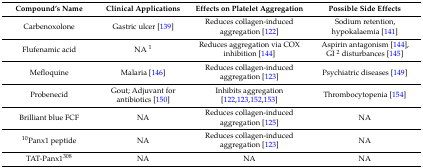
<table><thead><tr><td><b>Compound’s Name </b></td><td><b>Clinical Applications</b></td><td><b>Effects on Platelet Aggregation</b></td><td><b>Possible Side Effects</b></td></tr></thead><tbody><tr><td>Carbenoxolone</td><td>Gastric ulcer [139]</td><td>Reduces collagen-induced aggregation [122]</td><td>Sodium retention, hypokalaemia [141]</td></tr><tr><td>Flufenamic acid</td><td>NA <sup>1</sup></td><td>Reduces aggregation via COX inhibition [144]</td><td>Aspirin antagonism [144], GI <sup>2</sup> disturbances [145]</td></tr><tr><td>Mefloquine</td><td>Malaria [146]</td><td>Reduces collagen-induced aggregation [123]</td><td>Psychiatric diseases [149]</td></tr><tr><td>Probenecid</td><td>Gout; Adjuvant for antibiotics [150]</td><td>Inhibits aggregation [122,123,152,153]</td><td>Thrombocytopenia [154]</td></tr><tr><td>Brilliant blue FCF</td><td>NA</td><td>Reduces collagen-induced aggregation [125]</td><td>NA</td></tr><tr><td><sup>10</sup>Panx1 peptide</td><td>NA</td><td>Reduces collagen-induced aggregation [123]</td><td>NA</td></tr><tr><td>TAT-Panx1<sup>308</sup></td><td>NA</td><td>NA</td><td>NA</td></tr></tbody></table>